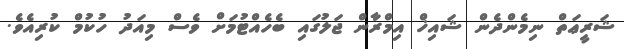
ޝަރީޢަތް ނިމެންދެން ޝައިޚް އިމްރާން ޖަލުގައި ބެހެއްޓުމަށް ވެސް މިއަދު ހުކުމް ކުރިއެވެ.